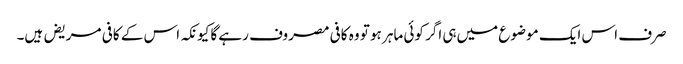
صرف اس ایک موضوع میں‌ہی اگر کوئی ماہر ہو تو وہ کافی مصروف رہے گا کیونکہ اس کے کافی مریض ہیں۔